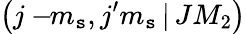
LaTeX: \left(j-\! \! m_{\mathtt{s}},j^{\prime}m_{\mathtt{s}}\, |\, JM_{2}\right)